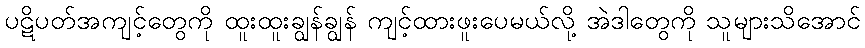
ပဋိပတ်အကျင့်တွေကို ထူးထူးချွန်ချွန် ကျင့်ထားဖူးပေမယ်လို့ အဲဒါတွေကို သူများသိအောင်